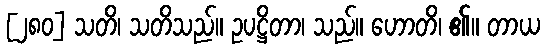
[၂၈၀] သတိ၊ သတိသည်။ ဥပဋ္ဌိတာ၊ သည်။ ဟောတိ၊ ၏။ တာယ